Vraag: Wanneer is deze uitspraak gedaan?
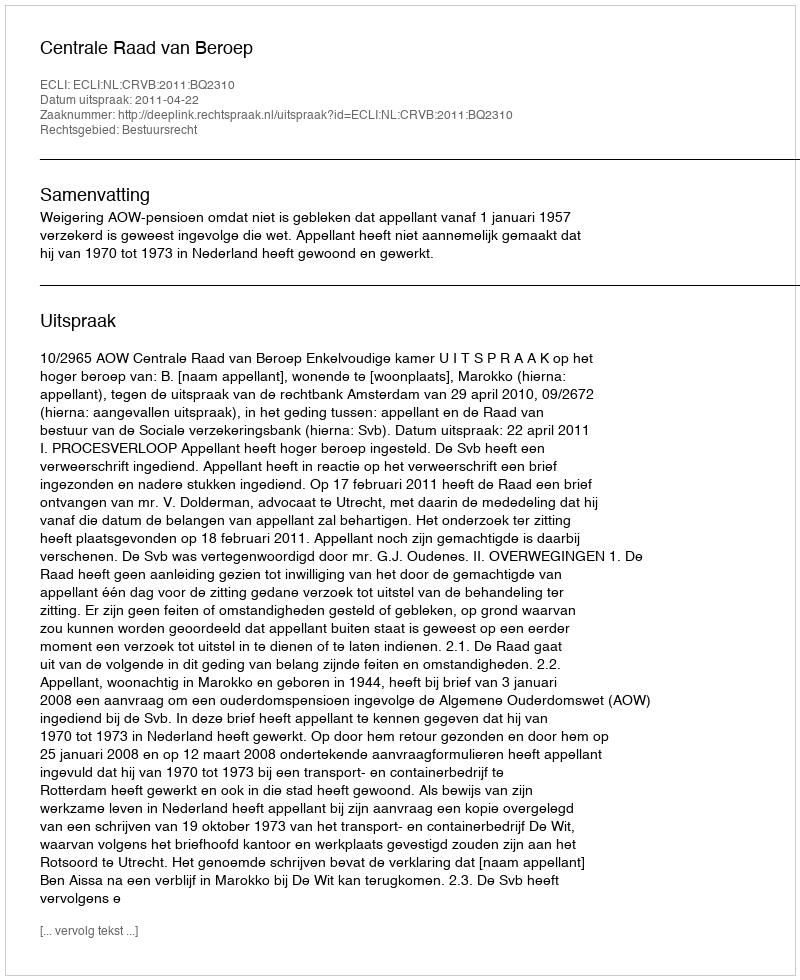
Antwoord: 2011-04-22